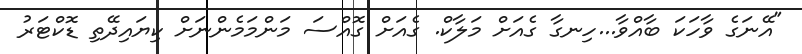
"އޭނަގެ ވާހަކަ ބާއްވާ...ހިނގާ ގެއަށް މަލާކް. ގެއަށް ގޮއްސަ މަންމަމެންނަށް ކިޔައިދޭތި ޑޮކްޓަރު